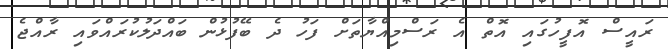
ރައީސް އޮފީހުގައި އޮތް އެ ރަސްމިއްޔާތަށް ފަހު ދެ ބޭފުޅުން ބައްދަލުކުރައްވައި ރާއްޖެ